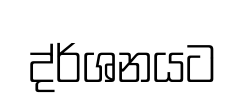
ද්ර්ශනයට